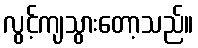
လွင့်ကျသွားတော့သည်။